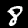
Digit: 8